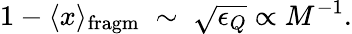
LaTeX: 1-\langle x\rangle_{\mathrm{fragm}}\; \sim\; \sqrt{\epsilon_{Q}}\propto M^{-1}.